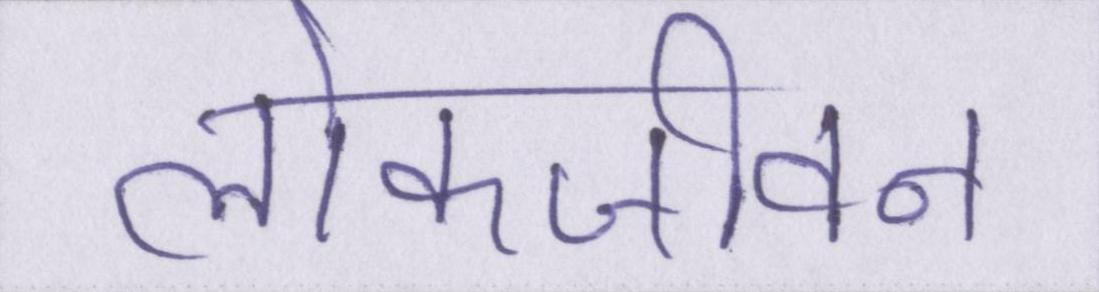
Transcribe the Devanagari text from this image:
लोकजीवन